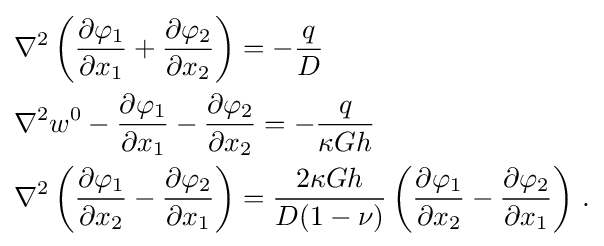
{\begin{aligned}&\nabla ^{2}\left({\frac {\partial \varphi _{1}}{\partial x_{1}}}+{\frac {\partial \varphi _{2}}{\partial x_{2}}}\right)=-{\frac {q}{D}}\\&\nabla ^{2}w^{0}-{\frac {\partial \varphi _{1}}{\partial x_{1}}}-{\frac {\partial \varphi _{2}}{\partial x_{2}}}=-{\frac {q}{\kappa Gh}}\\&\nabla ^{2}\left({\frac {\partial \varphi _{1}}{\partial x_{2}}}-{\frac {\partial \varphi _{2}}{\partial x_{1}}}\right)={\frac {2\kappa Gh}{D(1-\nu )}}\left({\frac {\partial \varphi _{1}}{\partial x_{2}}}-{\frac {\partial \varphi _{2}}{\partial x_{1}}}\right)\,.\end{aligned}}